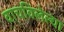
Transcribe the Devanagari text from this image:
वाचविलेल्या